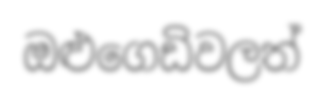
ඔළුගෙඩිවලත්